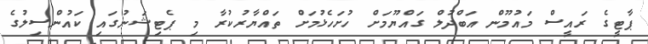
ޕާޓީގެ ރައީސް މައުމޫން އަބްދުލް ގައްޔޫމަށް ހުށަހެޅުމަށް ތައްޔާރުކުރާ މި ޕެޓިޝަނުގައި ކައުންސިލުގެ